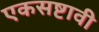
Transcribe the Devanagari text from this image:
एकसष्टावी